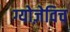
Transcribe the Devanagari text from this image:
ग्योज़ेविच